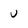
Character: U